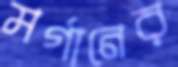
মর্গানের